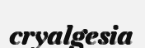
cryalgesia